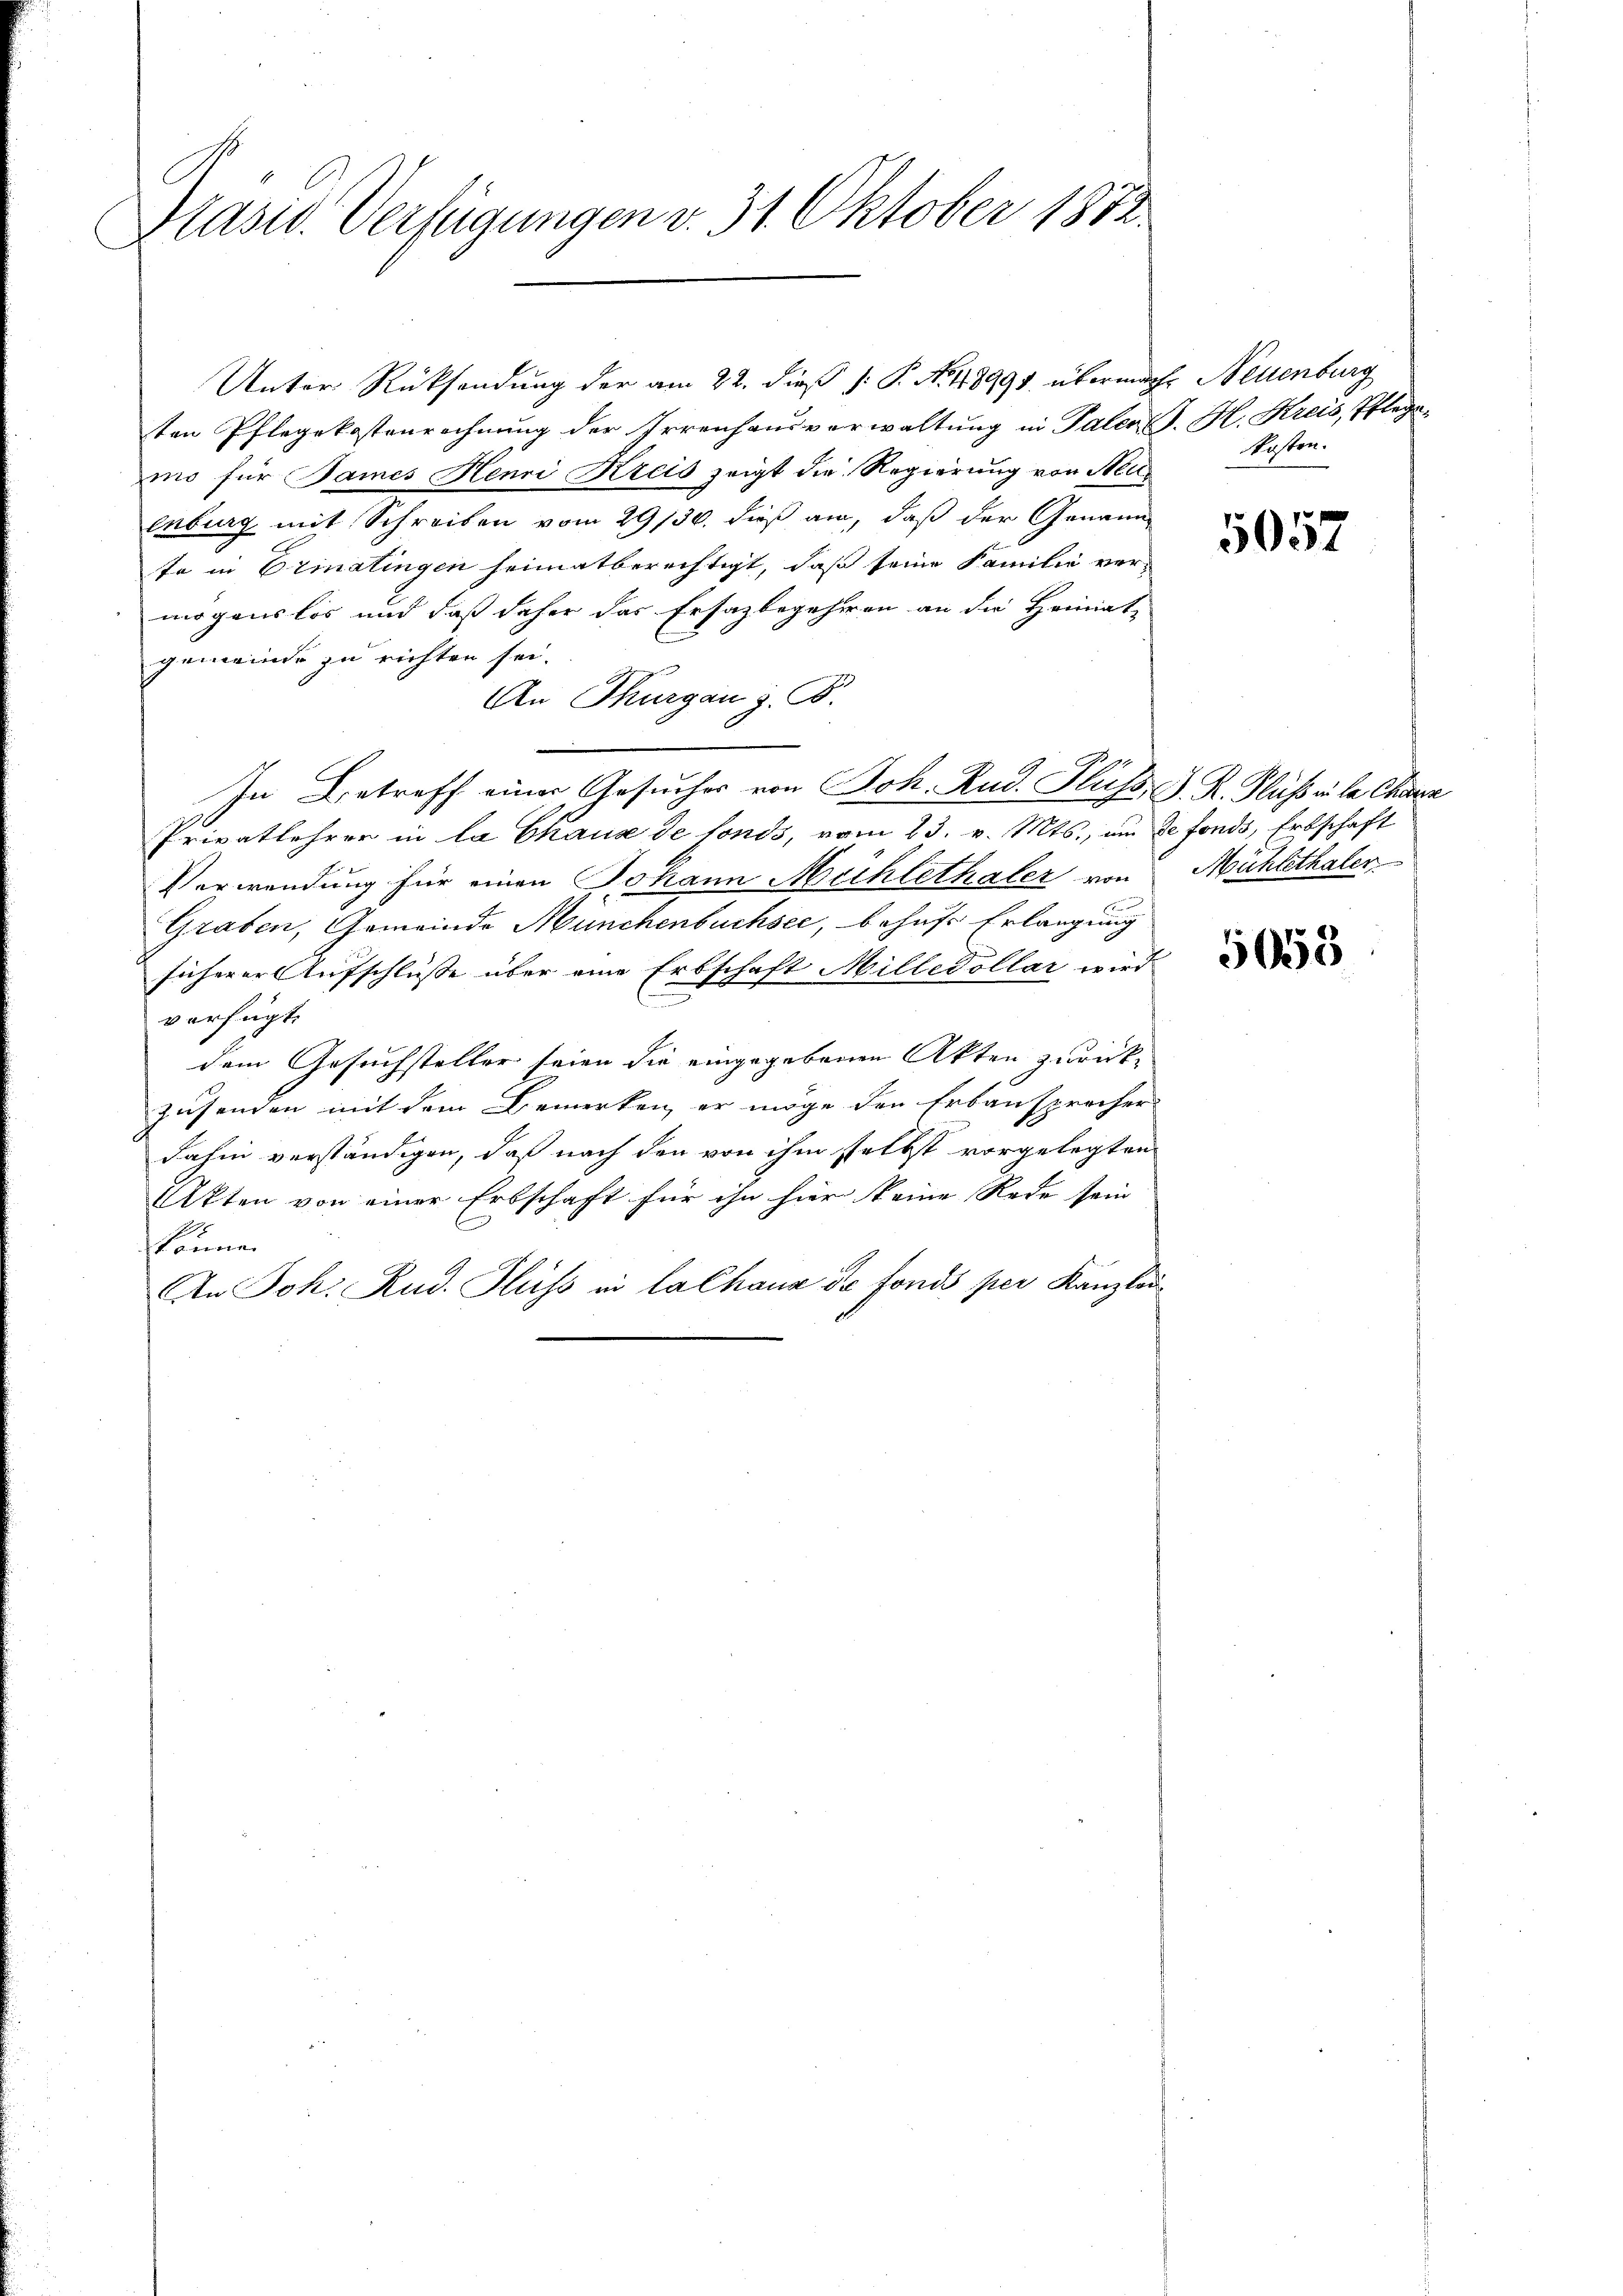
C
rasid. Verfügungen v. 31. Oktober 1872

ten Pflegekostenrechnung der Irrenhausverwaltung in Paler J. H. Kreis, Pflegamo für Bames Henri Kreis zeigt die Regierung von Steu¬
Enburg mit Schreiben vom 29/30. dieß an, daß der Genann
te in Ermatingen heimatberechtigt, daß seine Familie ver-
mögenslos und daß daher das Ersazbegehren an die Heimat-
gemeinde zu richten sei.
An Thurgau z. B.
In Betreff einer Gesucher von Joh. Rud. Fluss, S. R. Klasse la Chara
Privatlehrer in la Chaus de fonds, vom 23. v. Mts., um de fonds, Erbschaft
Verwendung für einen Johann Mehlethaler von Mühlethaler
Graben, Gemeinde Münchenbuchsee, behufs Erlangung
sicherer Aufschlüsse über eine Erbschaft Milledollar wird
verfügt:
dem Gesuchsteller seien die eingegebenen Akten zurückzusenden mit dem Bemerken, er möge den Erbanspracher
dahin verständigen, daß nach den von ihm selbst vorgelegten
Akten von einer Erbschaft für ihn hier keine Rede sein
könne.
An Joh. Rud. Fluss in la Chaux de fonds per Kanzlei

Unter Rücksendung der am 22. dieß P. N. 118991 übermache Neuenburg

kosten.

5057

5053